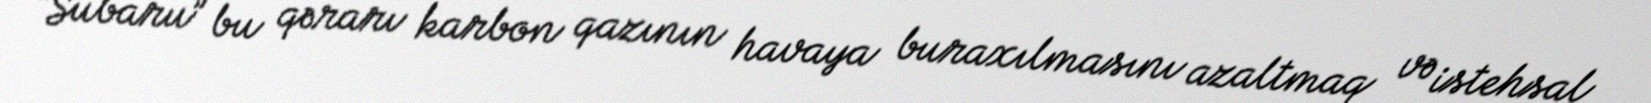
“Subaru” bu qərarı karbon qazının havaya buraxılmasını azaltmaq və istehsal